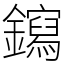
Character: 䥱